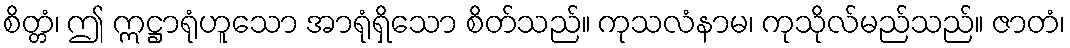
စိတ္တံ၊ ဤ ဣဋ္ဌာရုံဟူသော အာရုံရှိသော စိတ်သည်။ ကုသလံနာမ၊ ကုသိုလ်မည်သည်။ ဇာတံ၊